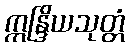
ဣန္ဒြိယသုတ္တံ